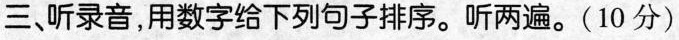
三、听录音,用数字给下列句子排序.听两遍.(10 分)